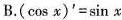
B.(\cos x)^{\prime}=\sin x